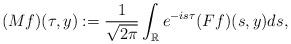
LaTeX: \begin{align*}(Mf)(\tau , y) :=\frac{1}{\sqrt{2\pi}}\int_{\mathbb{R}}e^{-is\tau}(Ff)(s,y)ds,\end{align*}